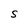
Character: S